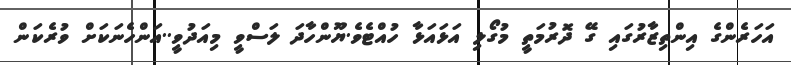
އަހަރެންގެ އިންތިޒާރުގައި ގޭ ދޮރުމަތީ މުގޯލި އަޅައަޅާ ހުއްޓެވެ.ޔޫންހާދަ ލަސްވީ މިއަދުވީ..އަންހެނަކަށް ވުރެކަން